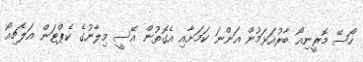
ހޯސޭ މޮރީނިއޯ ބާރުއަޅަމުން އަންނަ ކަމަށާއި އެގޮތުން އޭސީ މިލާނުގެ ކެޕްޓަން އަލެޗިއޯ